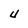
Character: U